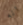
انه